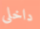
داخلى